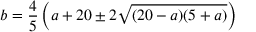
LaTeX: b = { \frac { 4 } { 5 } } \left( a + 2 0 \pm 2 { \sqrt { ( 2 0 - a ) ( 5 + a ) } } \right)